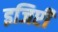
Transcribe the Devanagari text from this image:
इजिप्टी